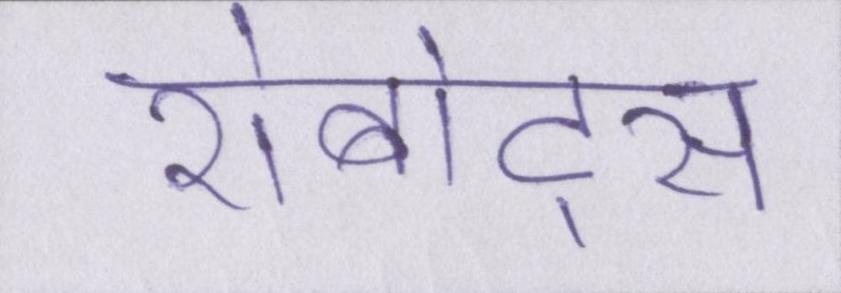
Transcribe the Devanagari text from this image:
रोबोट्स